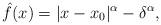
LaTeX: \begin{align*}\hat f(x) = |x - x_0|^{\alpha} - \delta^{\alpha},\end{align*}